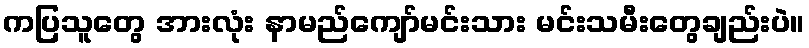
ကပြသူတွေ အားလုံး နာမည်ကျော်မင်းသား မင်းသမီးတွေချည်းပဲ။